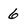
Character: 6